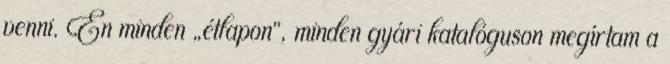
venni. Én minden „étlapon”, minden gyári katalóguson megírtam a